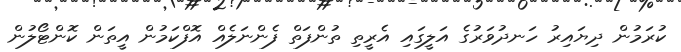
ކުރަމުން ދިޔައިރު ހަނދުވަރުގެ އަލީގައި އެރީތި ތުންފަތް ފެންނަލެއް އޮފްކަމުން އީތަން ކޮންޓޯލުން